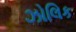
ઝોલિક